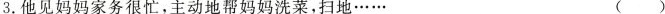
3.他见妈妈家务很忙，主动地帮妈妈洗菜，扫地…… ()